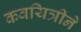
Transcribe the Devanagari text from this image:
कवयित्रीने